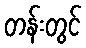
တန်းတွင်